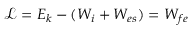
\mathcal { L } = E _ { k } - ( W _ { i } + W _ { e s } ) = W _ { f e }